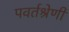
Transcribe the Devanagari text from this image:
पवर्तश्रेणी